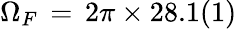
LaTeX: \Omega_{F}\, =\, 2\pi\times 28.1(1)